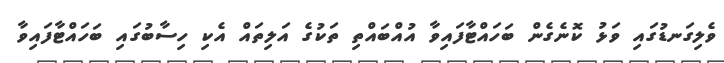
ވެލިގަނޑުގައި ވަޅު ކޮނެގެން ބަހައްޓާފައިވާ އުއްބައްތި ތަކުގެ އަލިތައް އެކި ހިސާބުގައި ބަހައްޓާފައިވާ